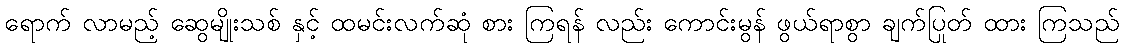
ရောက် လာမည့် ဆွေမျိုးသစ် နှင့် ထမင်းလက်ဆုံ စား ကြရန် လည်း ကောင်းမွန် ဖွယ်ရာစွာ ချက်ပြုတ် ထား ကြသည်